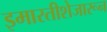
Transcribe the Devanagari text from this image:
इमारतीशेजारून